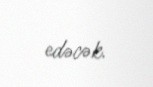
edəcək.